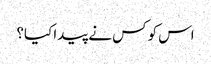
اس کو کس نے پیدا کیا؟